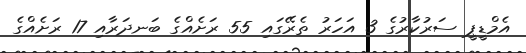
އެމްޑީޕީ ސަރުކާރުގެ 3 އަހަރު ތެރޭގައި 55 ރަށެއްގެ ބަނދަރާއި 17 ރަށެއްގެ